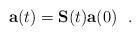
LaTeX: \begin{align*}\mathbf{a}(t) = \mathbf{S}(t) \mathbf{a}(0) ~~.\end{align*}